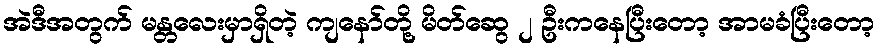
အဲဒီအတွက် မန္တလေးမှာရှိတဲ့ ကျနော်တို့ မိတ်ဆွေ ၂ ဦးကနေပြီးတော့ အာမခံပြီးတော့